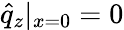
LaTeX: \hat{q}_{z}|_{x=0}=0